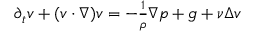
\begin{array} { r } { \partial _ { t } v + ( v \cdot \nabla ) v = - \frac { 1 } { \rho } \nabla p + g + \nu \Delta v } \end{array}